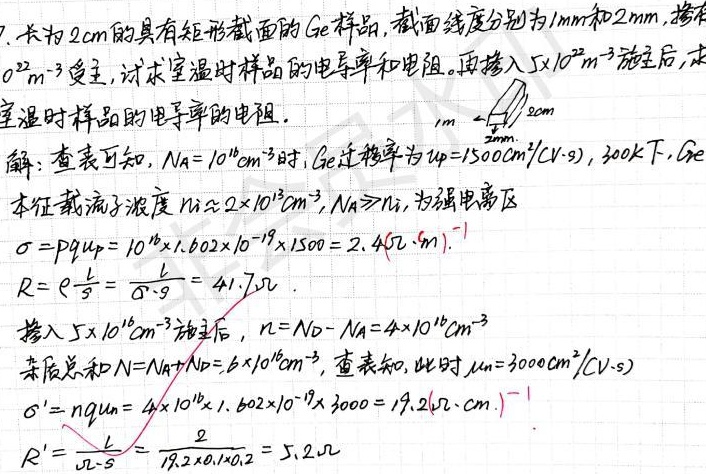
7. 长为\(2cm\)的具有矩形截面的\(Ge\)样品，截面线度分别为\(1mm\)和\(2mm\)，掺有\(10^{22}m^{-3}\)受主，试求室温时样品的电导率和电阻。再掺入\(5\times10^{22}m^{-3}\)施主后，求室温时样品的电导率和电阻。

解：查表可知，\(N_A = 10^{16}cm^{-3}\)时，\(Ge\)迁移率为\(\mu_{p}=1500cm^{2}/(V\cdot s)\)，\(300K\)下，\(Ge\)本征载流子浓度\(n_{i}\approx2\times10^{13}cm^{-3}\)，\(N_A\gg n_{i}\)，为强电离区。

\(\sigma = pq\mu_{p}=10^{16}\times1.602\times10^{-19}\times1500 = 2.4(\Omega\cdot m)^{-1}\)

\(R = \rho\frac{L}{S}=\frac{L}{\sigma S}=41.7\Omega\)

掺入\(5\times10^{16}cm^{-3}\)施主后 ，\(n = N_{D}-N_{A}=4\times10^{16}cm^{-3}\)，杂质总和\(N = N_{A}+N_{D}=6\times10^{16}cm^{-3}\)，查表知，此时\(\mu_{n}=3000cm^{2}/(V\cdot s)\)。

\(\sigma' = nq\mu_{n}=4\times10^{16}\times1.602\times10^{-19}\times3000 = 19.2(\Omega\cdot cm)^{-1}\)

\(R'=\frac{L}{\sigma' S}=\frac{2}{19.2\times0.1\times0.2}=5.2\Omega\)